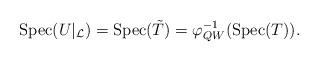
LaTeX: \begin{align*}{\rm Spec}(U|_\mathcal{L})={\rm Spec}(\tilde{T})=\varphi_{QW}^{-1}({\rm Spec}(T)).\end{align*}